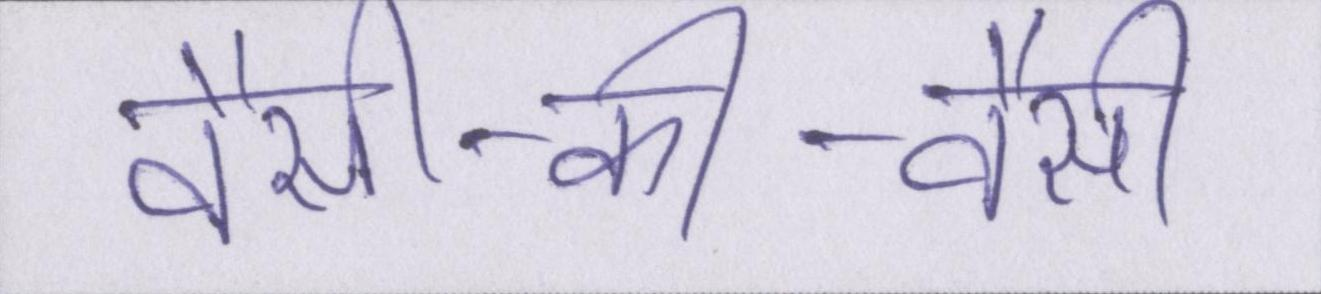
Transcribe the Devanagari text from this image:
वैसी-की-वैसी